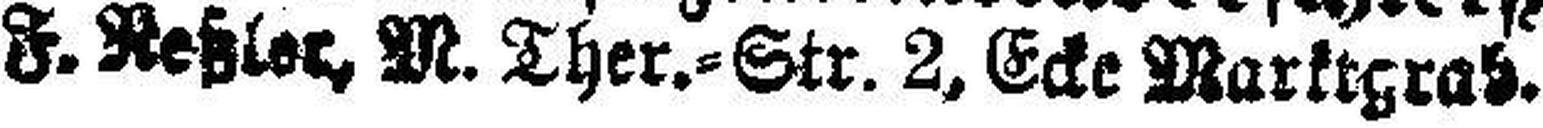
F. Neßler, M. Ther.=Str. 2, Ecke Marktgrab.